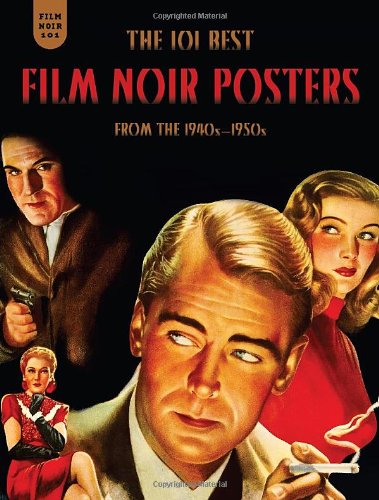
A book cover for Film Noir 101: The 101 Best Film Noir Posters From The 1940s-1950s; Mark Fertig; Crafts, Hobbies & Home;